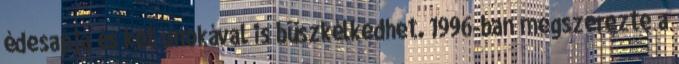
édesapja és két unokával is büszkélkedhet. 1996-ban megszerezte a